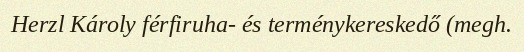
Herzl Károly férfiruha- és terménykereskedő (megh.